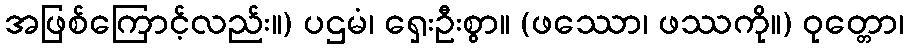
အဖြစ်ကြောင့်လည်း။) ပဌမံ၊ ရှေးဦးစွာ။ (ဖဿော၊ ဖဿကို။) ဝုတ္တော၊